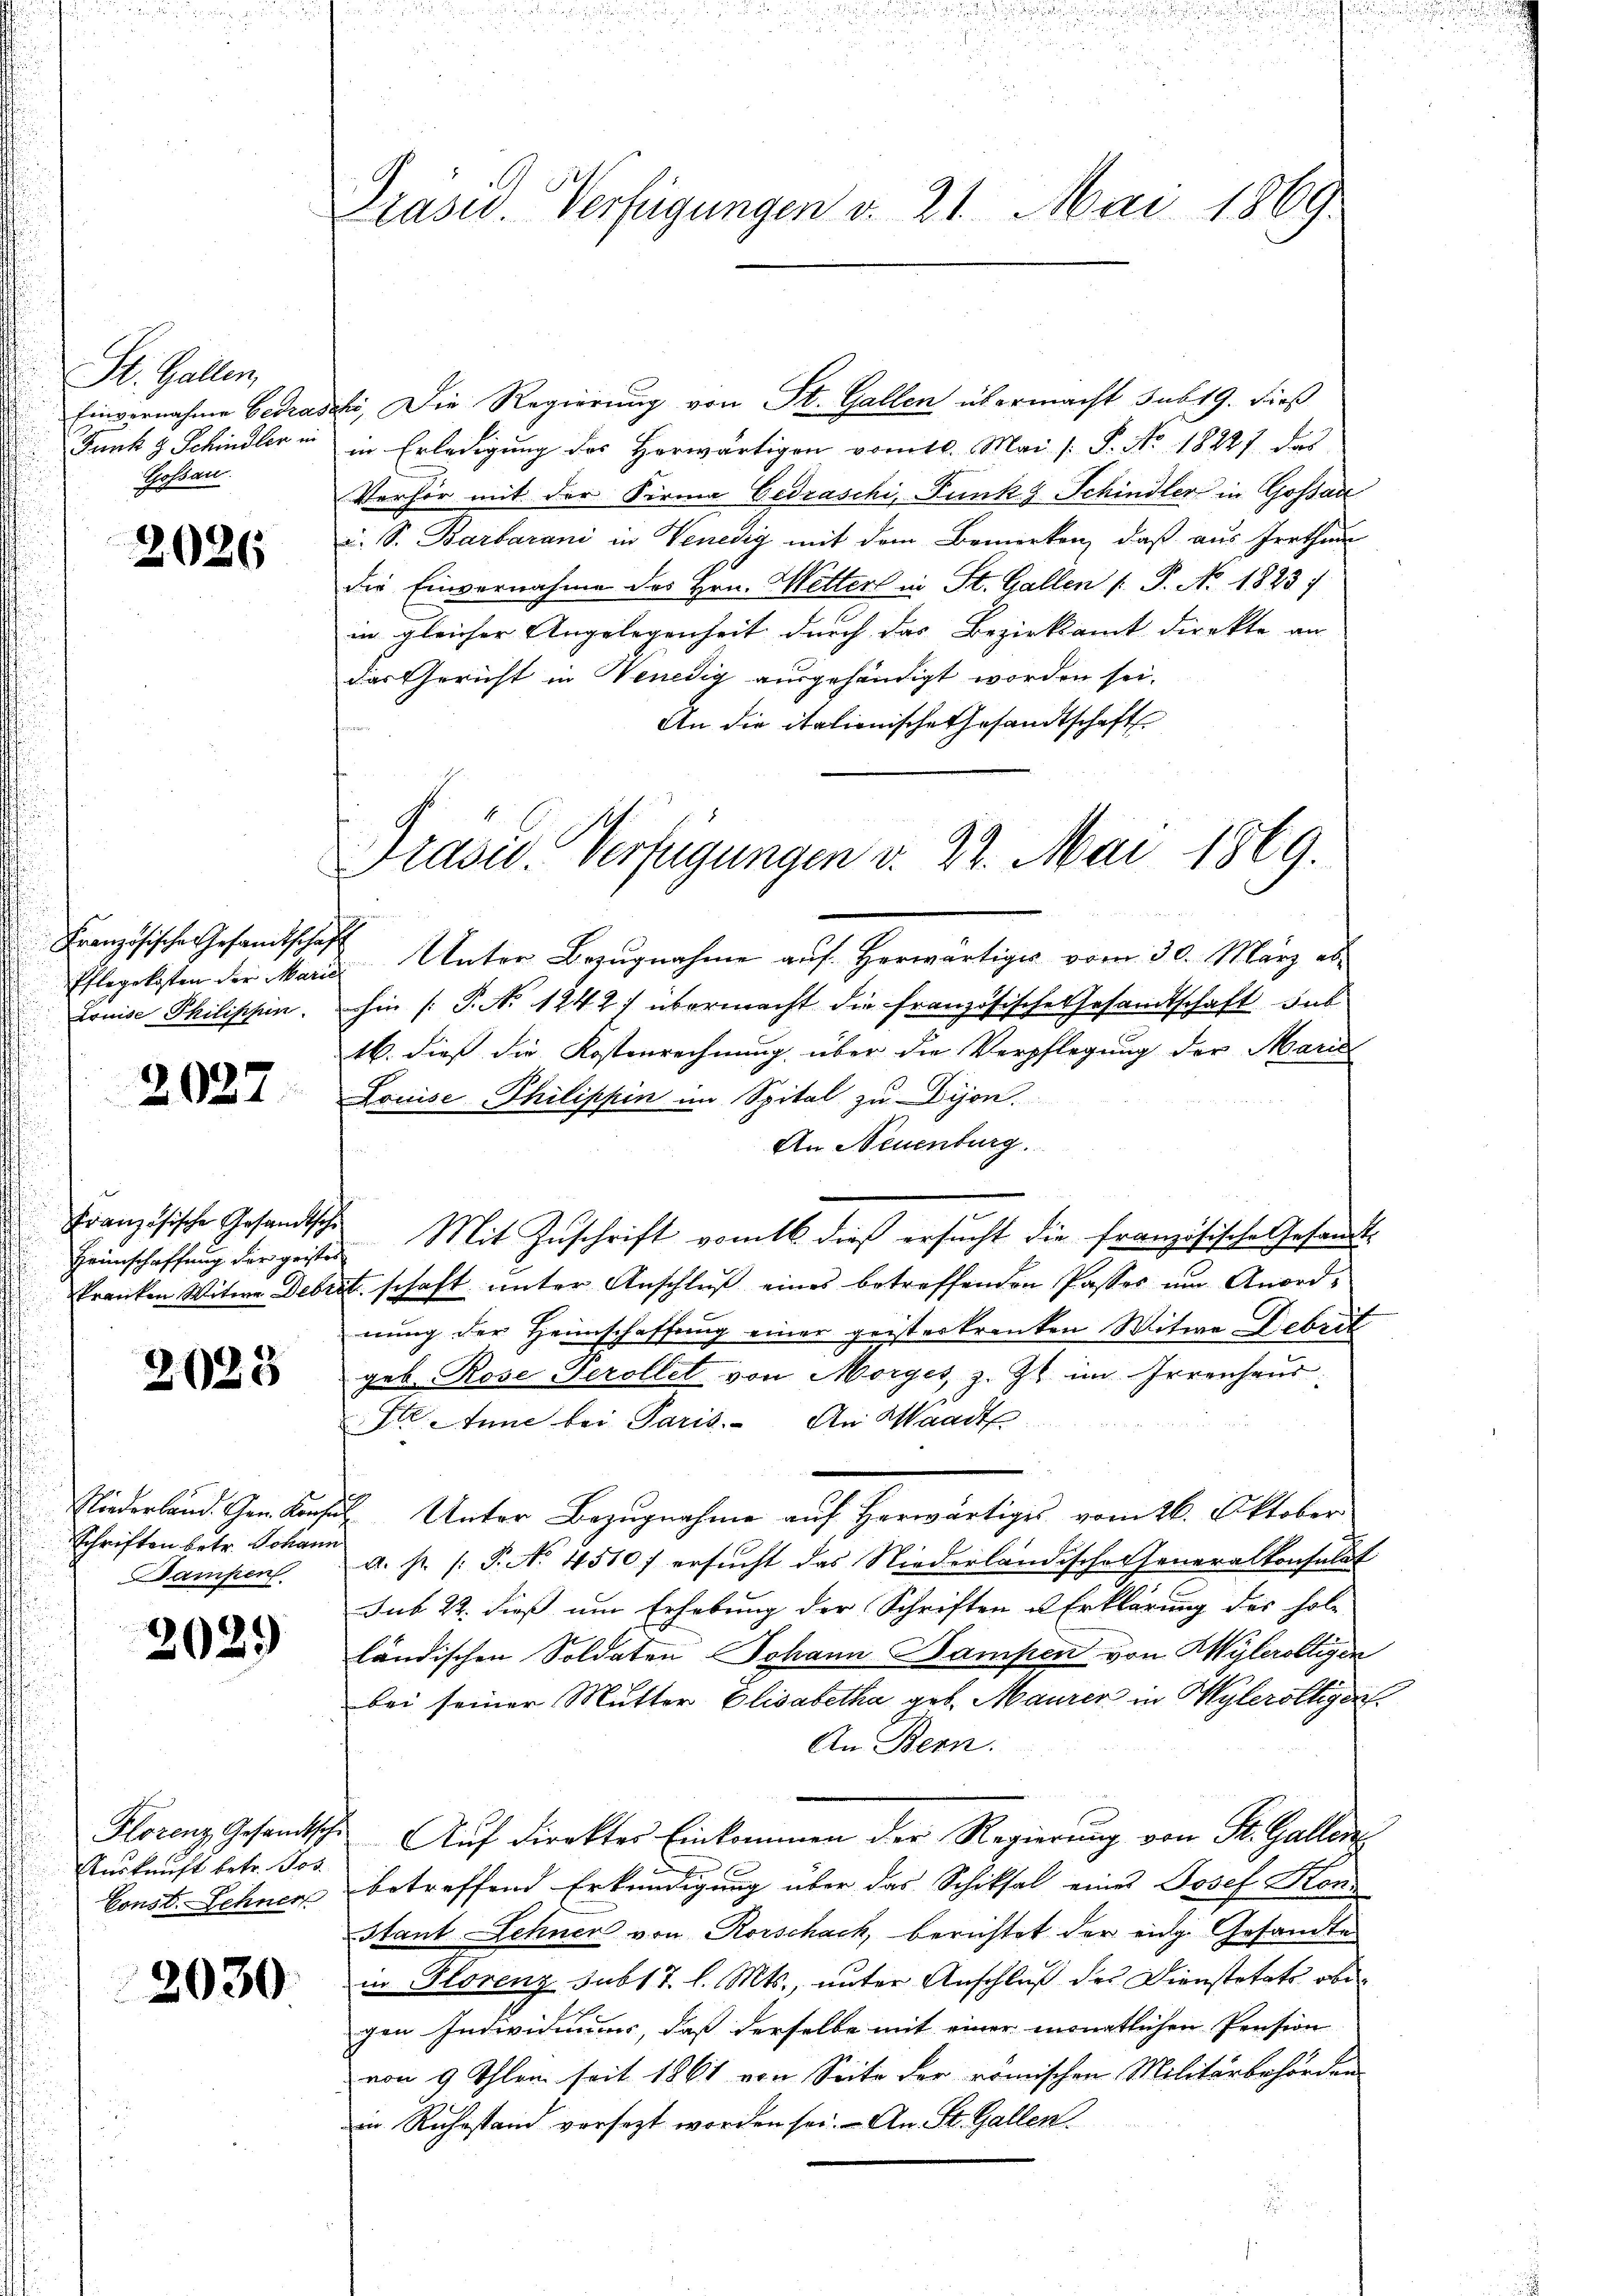
St. Gallen,
Einvernahme betra
Funk z. Schindler in
Gossau.

2026

Französische Gesandtschaft
Pflegekosten der Marie
Louise Philischen.

2027

Heinschaffung der geistes

2023

Niederland. Gen. Konfe
Schriften betr. Johann
Dampen

2029

Auskunft betr. Jos.
Const. Sehner

2030

Präsid. Verfügungen v. 21. Mai 1869

Pravić-Verfügungen v. 22. Mai 1869.

bi, Die Regierung von St. Gallen übermacht sub 19. dieß
in Erledigung des Herwärtigen vom 16. Mai /: P. No. 18227 das
Verhör mit der Firma Gedraschi, Funk Schindler in Gossan
u. S. Barbarani in Venedig mit dem Bemerken, daß aus Irrthum
die Einvernahme des Hrn. Mitterl in St. Gallen (: P. Nr. 1823)
in gleicher Angelegenheit durch das Bezirksamt direkte an
das Gericht in Venedig ausgehändigt worden sei.
An die italionische Gesandtschaft
 Unter Bezugnahme auf Herwärtiges vom 30. März ab-
hin [P. No 1242) übermacht die französische Gesandtschaft sub
16. dieß die Kostenrechnung über die Verpflegung der Marie
Louise Philippin im Spital zu Dijon.
An Neuenburg.
Französische Gesandtsche Mit Zuschrift vom 6. dieß ersucht die französische Gesandtkranken Witwe Debret schaft unter Anschluß eines betreffenden Passes um Anordnung der Heimschaffung einer geisterkranken Witwe Debrit
geb. Rose Perollet von Morges, z. Zt. im Irrenhaus
Ste tune bei Paris. An Waadt
B. Unter Bezugnahme auf Herwärtiges vom 26. Oktober
a. pr. /: P. No. 4510) ersŭcht das Niederländischer Generalkonsulat
sub 22. dieß um Erhebung der Schriften u Erklärung des Holz
ländischen Soldaten Johann Bampen von Wylerölligen
bei seiner Mutter Elisabetha geb. Maurer in Wylerölligen.
An Bern.
Florenz Gesandtsche Auf Direkter Einkommen der Regierung von St. Gallen
E
betreffend Erkundigung über das Schiksal eines Josef Kon¬
Stant Lehner von Rorschach, berichtet der eidg. Gesandte
in Florenz subst. l. Mts., unter Anschluß des Dienstetats ober
gen Individuums, daß derselbe mit einer monatlichen Pension
von 9 Ihlen seit 1861 von Seite der römischen Militärbehörden
in Ruhestand versezt worden sei. - An St. Gallen.